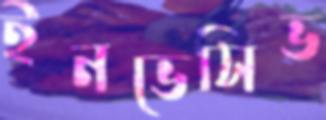
ইনভেসিভ